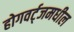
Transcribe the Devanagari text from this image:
होगवर्ट्‌जमधील